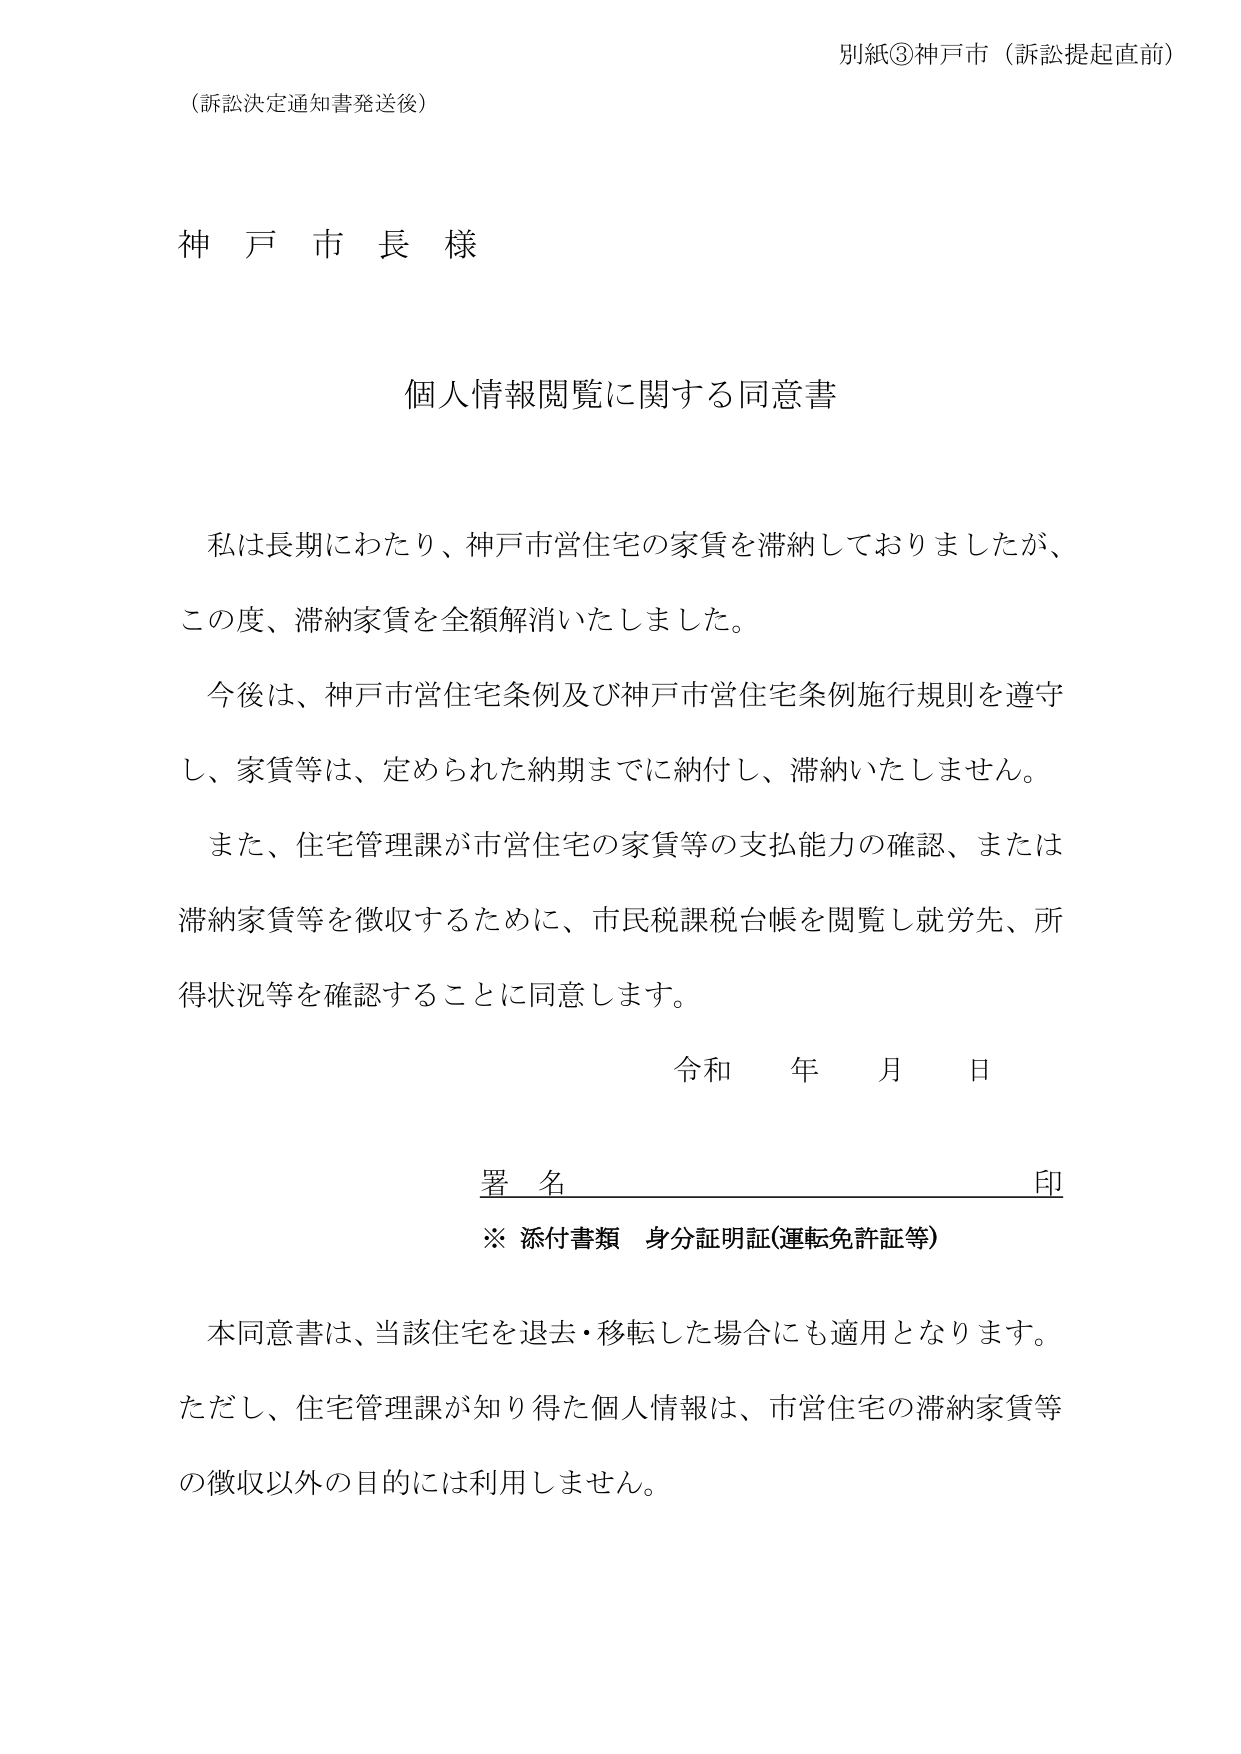
別紙③神戸市（訴訟提起直前）
（訴訟決定通知書発送後）

神戸市長様

個人情報閲覧に関する同意書

私は長期にわたり、神戸市営住宅の家賃を滞納しておりましたが、
この度、滞納家賃を全額解消いたしました。
今後は、神戸市営住宅条例及び神戸市営住宅条例施行規則を遵守
し、家賃等は、定められた納期までに納付し、滞納いたしません。
また、住宅管理課が市営住宅の家賃等の支払能力の確認、または
滞納家賃等を徴収するために、市民税課税台帳を閲覧し就労先、所
得状況等を確認することに同意します。

令和 年 月 日

署名 印
※ 添付書類 身分証明証（運転免許証等）

本同意書は、当該住宅を退去・移転した場合にも適用となります。
ただし、住宅管理課が知り得た個人情報は、市営住宅の滞納家賃等
の徴収以外の目的には利用しません。